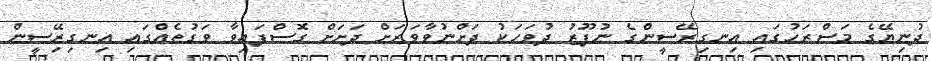
ދުނިޔޭގެ މަސްރަހުގައި އިނގިރޭސީންގެ ނުފޫޒު ދުވަހަކު ދަށްނުވާވަރަށް ދަށަށް ގޮސްފައިވާ ވަގުތެއްގައި އިނގިރިޭސީން